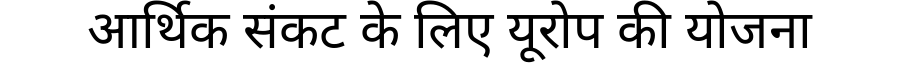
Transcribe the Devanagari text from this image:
आर्थिक संकट के लिए यूरोप की योजना